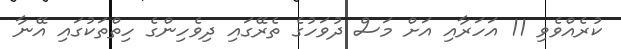
ކުރެއްވެވި 11 އަހަރާއި އަށް މަސް ދުވަހުގެ ތެރޭގައި ދިވެހިންގެ ހިތްތަކުގައި އޭނާ